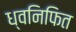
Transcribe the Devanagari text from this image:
ध्वनिफित